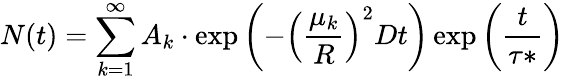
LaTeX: N(t)=\sum_{k=1}^{\infty}A_{k}\cdot\exp\left(-\left(\frac{\mu_{k}}{R}\right)^{2}Dt\right)\exp\left(\frac{t}{\tau*}\right)